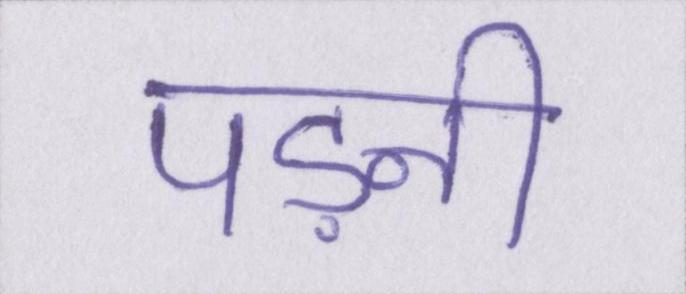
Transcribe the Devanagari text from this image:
पड़नी